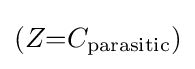
(Z{=}C_{\text{parasitic}})